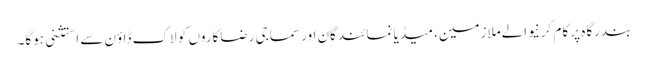
بندرگاہ پر کام کرنیوالےملازمین، میڈیا نمائندگان اور سماجی رضاکاروں کو لاک ڈاؤن سے استثنی ہوگا۔